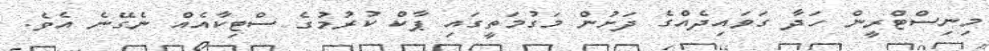
މިނިސްޓްރީން ހަދާ ގަވައިދެއްގެ ދަށުން މަގުމަތީގައި ޕާކް ކުރުމުގެ ސްޓިކާއެއް ނެގޭނެ އެވެ.